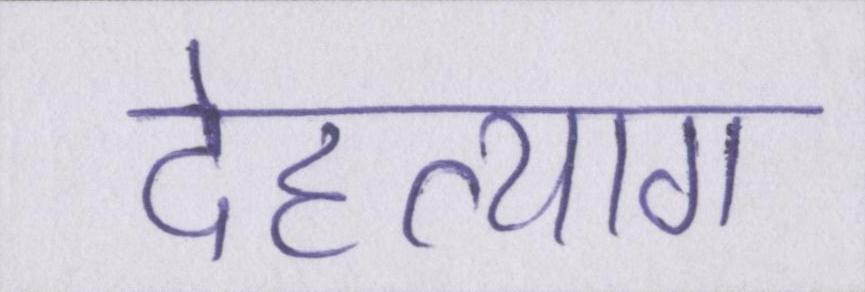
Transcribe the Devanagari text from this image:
देहत्याग